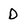
Character: D